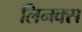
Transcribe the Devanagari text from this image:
लिनक्‍स